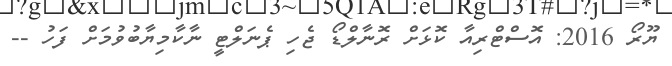
ޔޫރޯ 2016: އޮސްޓްރިއާ ކޮޅަށް ރޮނާލްޑޯ ޖެހި ޕެނަލްޓީ ނާކާމިޔާބުވުމަށް ފަހު --